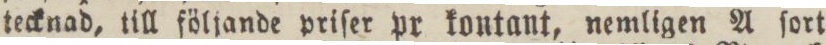
tecknad, till följande priſer pr kontant, nemligen A ſort